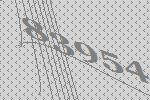
83954